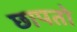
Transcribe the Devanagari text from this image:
छापतो